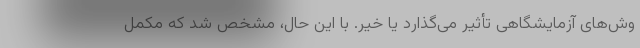
وش‌های آزمایشگاهی تأثیر می‌گذارد یا خیر. با این حال، مشخص شد که مکمل